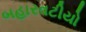
બહારવટીયો